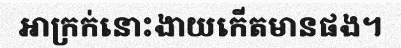
អាក្រក់នោះងាយកើតមានផង។